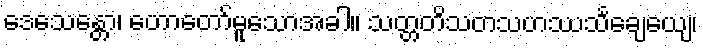
ဒေသေန္တော၊ ဟောတော်မူသောအခါ။ သတ္တတိသတသဟဿသင်္ချေယျေ၊